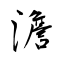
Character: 澹